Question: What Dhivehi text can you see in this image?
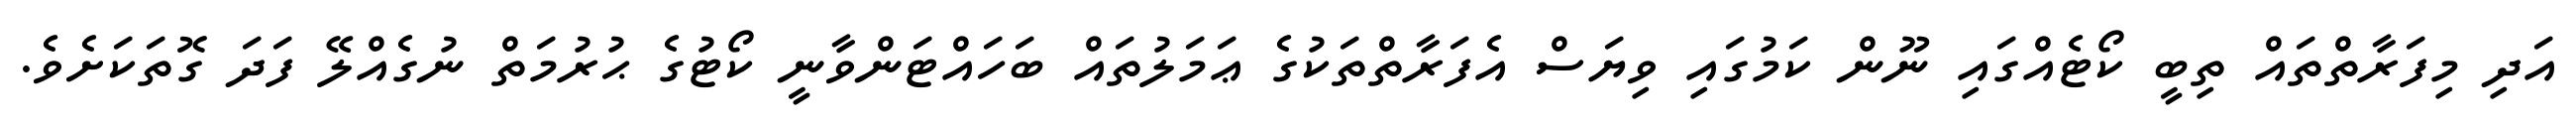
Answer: އަދި މިފަރާތްތައް ތިބީ ކޯޓެއްގައި ނޫން ކަމުގައި ވިޔަސް އެފަރާތްތަކުގެ ޢަމަލުތައް ބަހައްޓަންވާނީ ކޯޓުގެ ޙުރުމަތް ނުގެއްލޭ ފަދަ ގޮތަކަށެވެ.